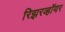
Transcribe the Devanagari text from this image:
रिझरव्हॉयर